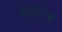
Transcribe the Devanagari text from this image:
स्वरंत्र